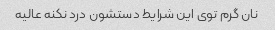
نان گرم توی این شرایط دستشون درد نکنه عالیه